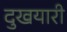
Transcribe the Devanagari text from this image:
दुखयारी